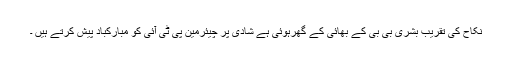
نکاح کی تقریب بشریٰ بی بی کے بھائی کے گھرہوئی ہے شادی پر چیئرمین پی ٹی آئی کو مبارکباد پیش کرتے ہیں ۔